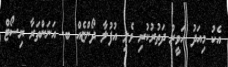
އެކު މިއަދު ހަވީރު ދަތުރުކުރި ވެލި އުފުލާ ދޯންޏެއް ބ. އަނަންތަރާ ރިސޯޓް